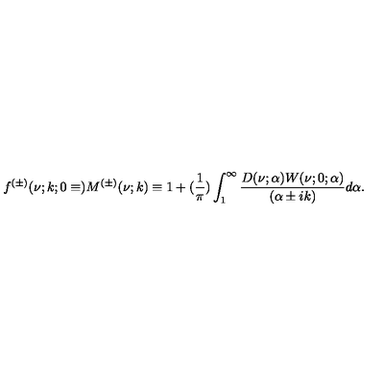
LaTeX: f ^ { ( \pm ) } ( \nu ; k ; 0 \equiv ) M ^ { ( \pm ) } ( \nu ; k ) \equiv 1 + ( \frac { 1 } { \pi } ) \int _ { 1 } ^ { \infty } \frac { D ( \nu ; \alpha ) W ( \nu ; 0 ; \alpha ) } { ( \alpha \pm i k ) } d \alpha .